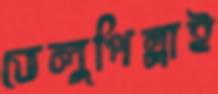
ভেলুপিল্লাই